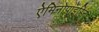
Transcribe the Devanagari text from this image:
ऐमिनोपाइरिन